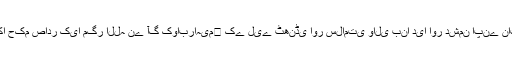
اس کے باجود قوم قبولِ حق سے منحرف رہی حتیٰ کہ بادشاہ نے انہیں آگ میں جلانے کا حکم صادر کیا مگر اللہ نے آگ کوابراہیم﷤ کے لیے ٹھنڈی اور سلامتی والی بنا دیا اور دشمن اپنے ناپاک اردادوں کے ساتھ ذلیل ورسوار ہوئے اور اللہ نے حضرت ابراہیم﷤کو کامیاب کیا۔